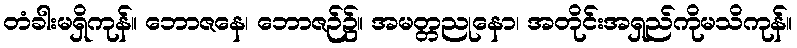
တံခါးမရှိကုန်။ ဘောဇနေ၊ ဘောဇဉ်၌။ အမတ္တညုနော၊ အတိုင်းအရှည်ကိုမသိကုန်။